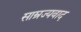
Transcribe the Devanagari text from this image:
साम्रज्यवाद